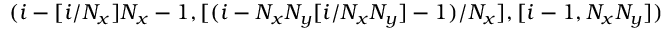
( i - [ i / N _ { x } ] N _ { x } - 1 , [ ( i - N _ { x } N _ { y } [ i / N _ { x } N _ { y } ] - 1 ) / N _ { x } ] , [ i - 1 , N _ { x } N _ { y } ] )